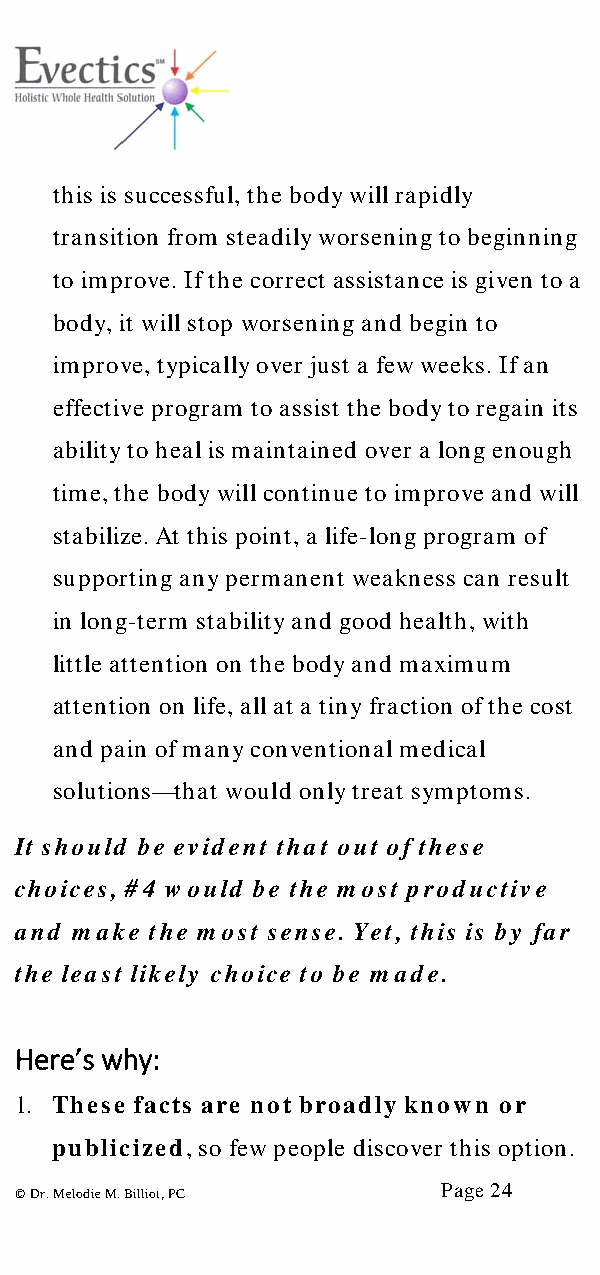
this is successful, the body will rapidly
 transition from steadily worsening to beginning
 to improve. If the correct assistance is given to a
 body, it will stop worsening and begin to
 improve, typically over just a few weeks. If an
 effective program to assist the body to regain its
 ability to heal is maintained over a long enough
 time, the body will continue to improve and will
 stabilize. At this point, a life-long program of
 supporting any permanent weakness can result
 in long-term stability and good health, with
 little attention on the body and maximum
 attention on life, all at a tiny fraction of the cost
 and pain of many conventional medical
 solutions—that would only treat symptoms.
 It should be evident that out of these
 choices, #4 w ould be the most productive
 and make the most sense. Yet, this is by far
 the least likely choice to be made.
 Here’s why:
 1. These facts are not broadly known or
 publicized, so few people discover this option.
 Page 24
 © Dr. Melodie M. Billiot, PC